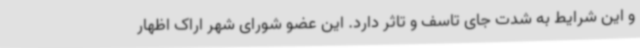
و این شرایط به شدت جای تاسف و تاثر دارد. این عضو شورای شهر اراک اظهار